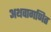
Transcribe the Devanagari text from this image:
अथवागणित